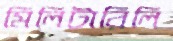
মিলিটারিলি